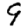
Digit: 9